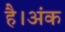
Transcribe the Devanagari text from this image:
है।अंक